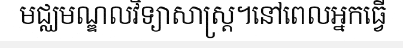
មជ្ឈមណ្ឌលវិទ្យាសាស្ត្រ។នៅពេលអ្នកធ្វើ